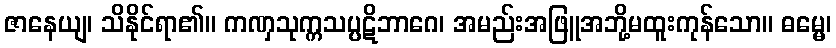
ဇာနေယျ၊ သိနိုင်ရာ၏။ ကဏှသုက္ကသပ္ပဋိဘာဂေ၊ အမည်းအဖြူအဘို့မထူးကုန်သော။ ဓမ္မေ၊